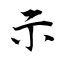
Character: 示